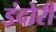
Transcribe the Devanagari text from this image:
इंदोरी